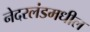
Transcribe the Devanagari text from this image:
नेदरलंडमधील